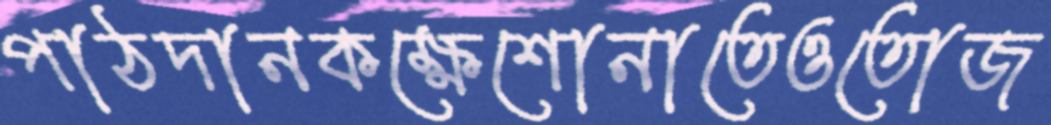
পাঠদানকক্ষেশোনাতেওতোজ